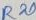
Text: R20